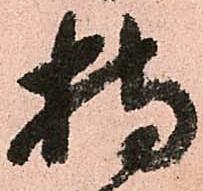
持